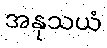
အနုသယံ